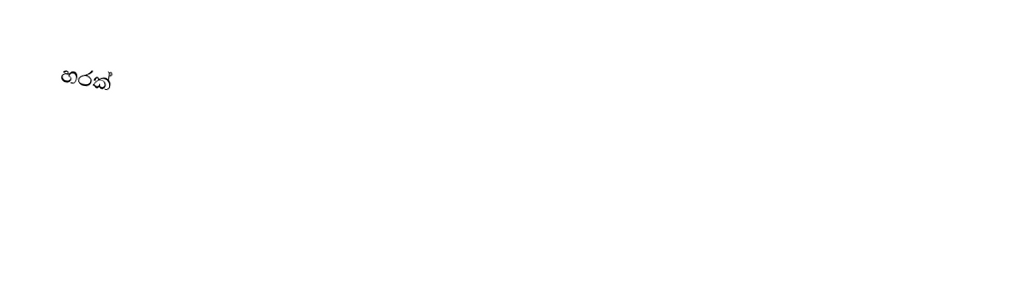
හරක්